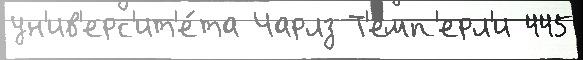
ун'ив'ерс'ит'е́та Чарлз Т'емп'ерл'и 445